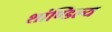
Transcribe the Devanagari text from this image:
शांण्डिल्य